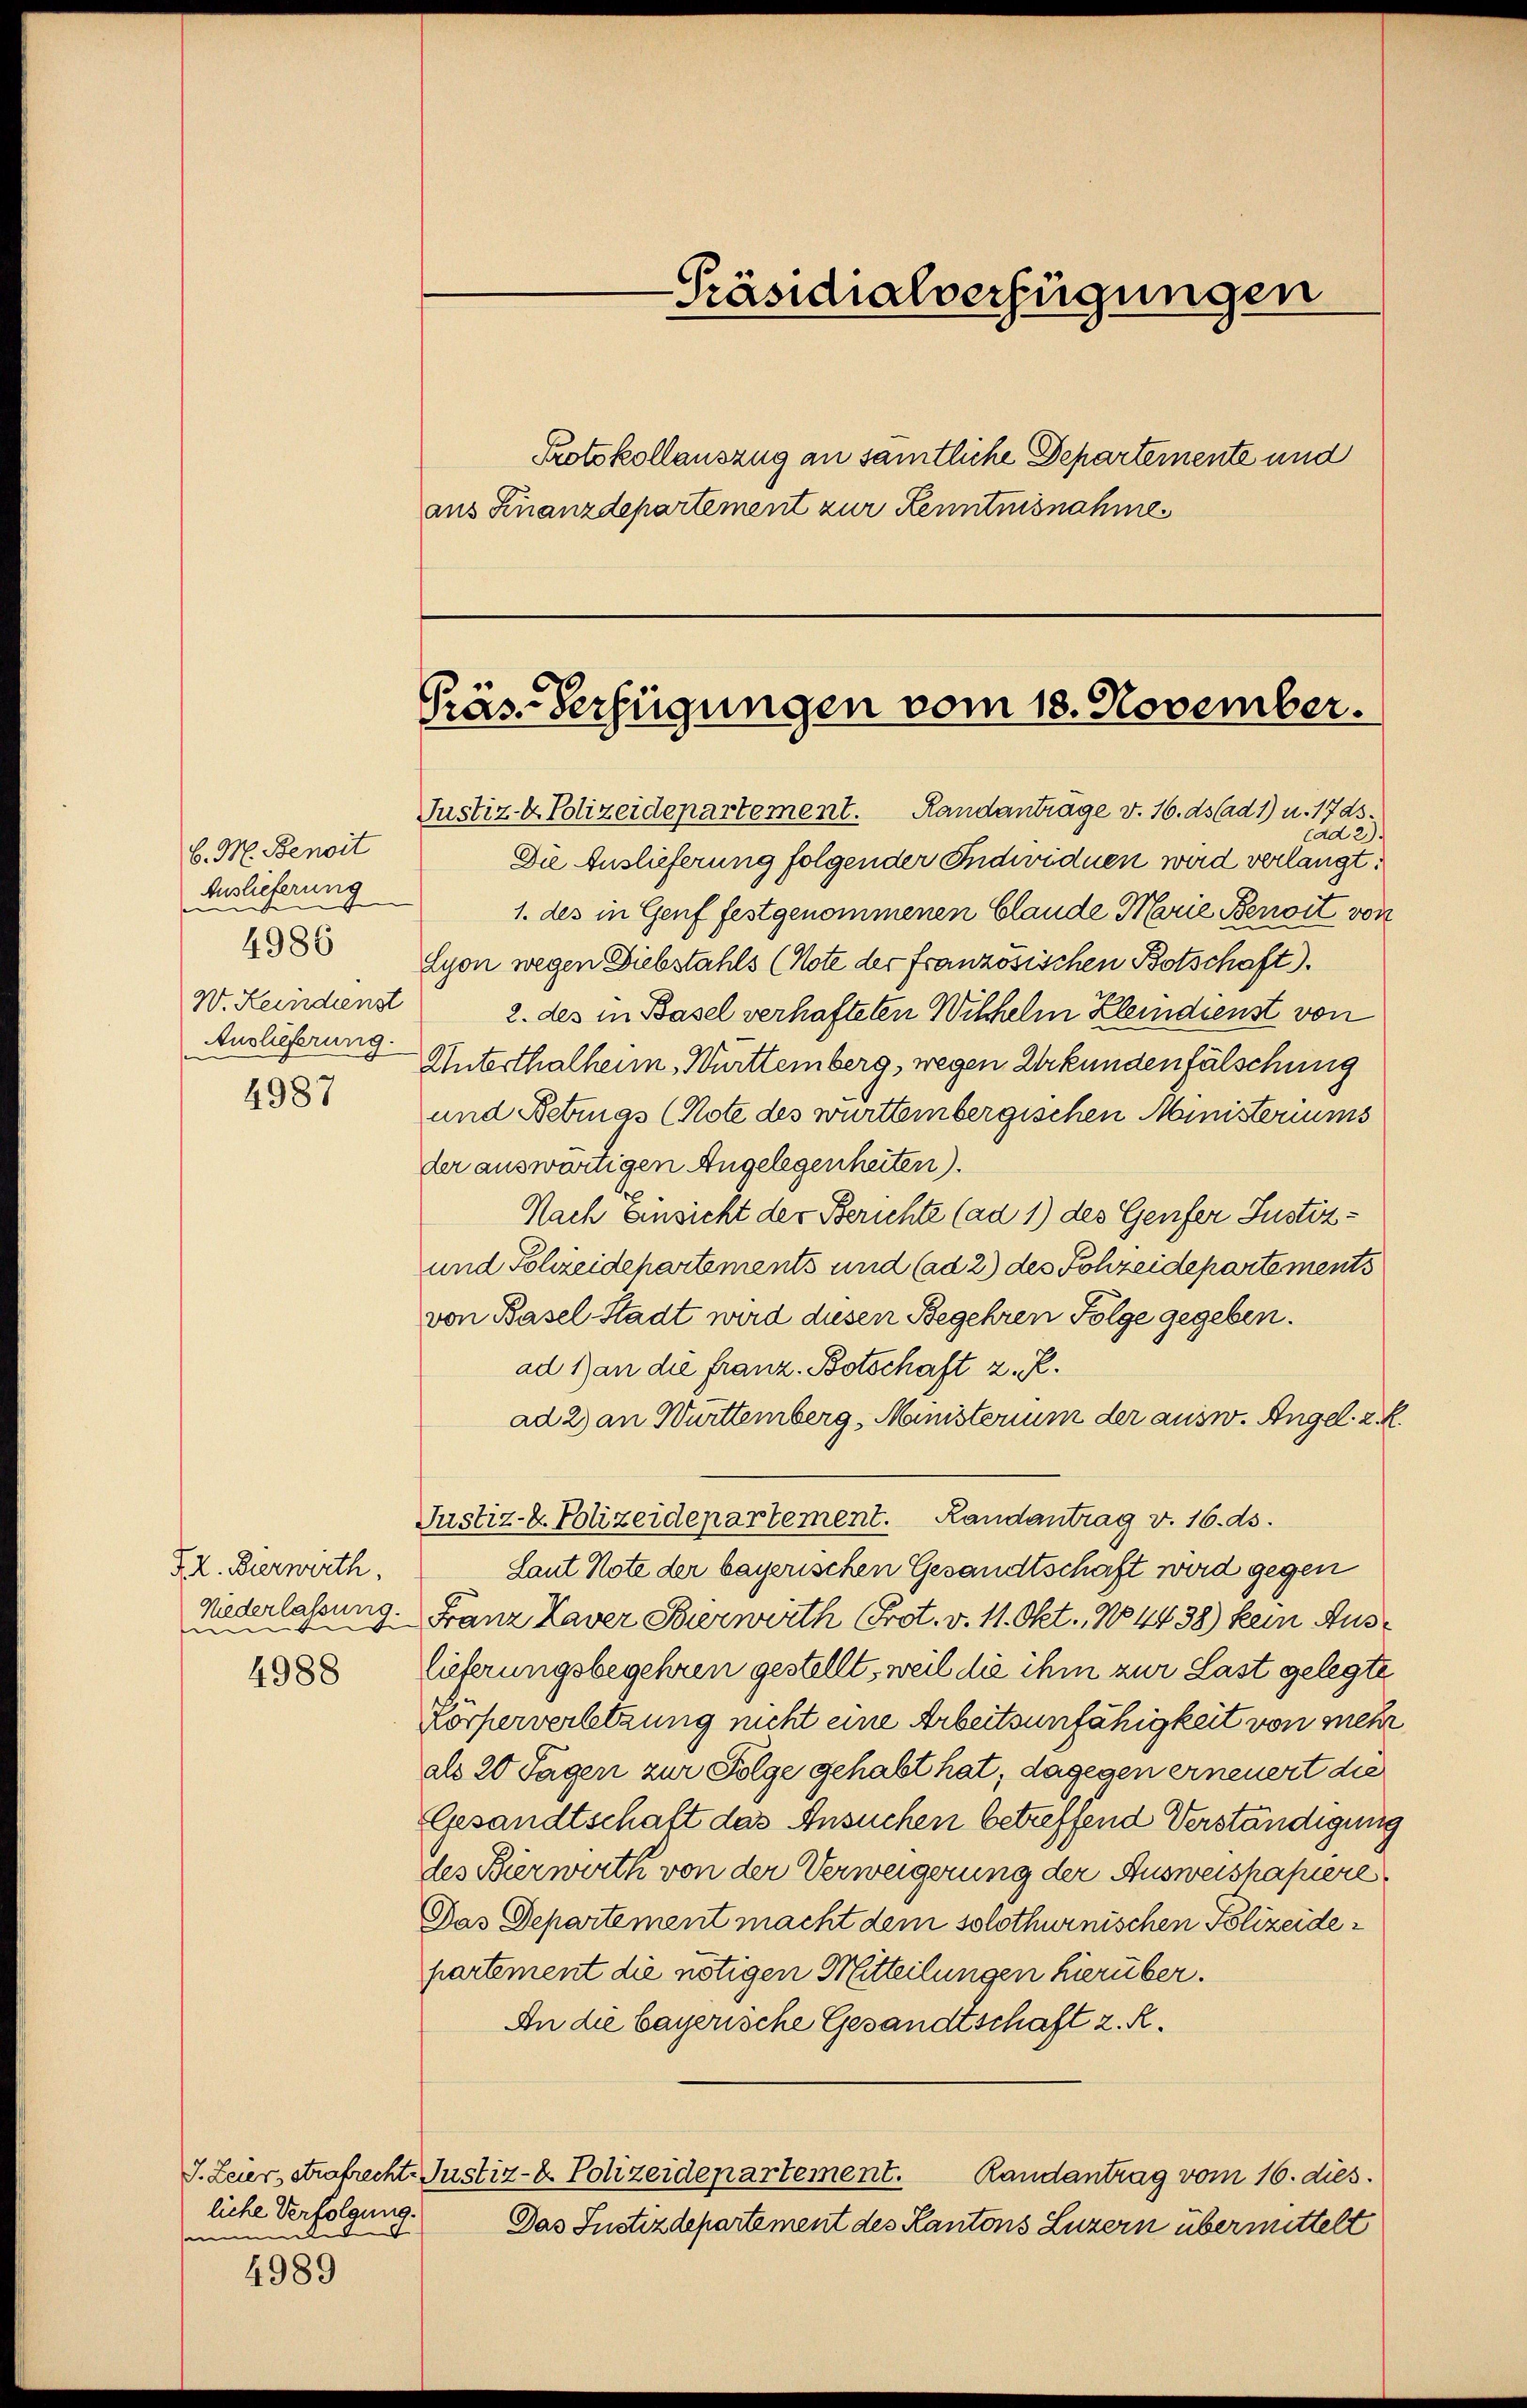
6. M. Benoit
Auslieferung
e
4986
W. Keindienst
Auslieferung.
4987

IX. Dierwerth,
Niederlassung.
.
fum
4988

liche Verfolgung.
d
mnn

4989

-Präsidialverfügungen
Protokollauszug an samtliche Departemente und
aus Finanzdepartement zur Kenntnisnahme

Präs. Verfügungen vom 18. November.

Justiz- & Polizeidepartement. Randanträge v. 16. ds ad 1) u. 17 ds.
ad 2).
Die Auslieferung folgender Individuen wird verlangt.
1. des in Genf festgenommenen Claude Marie Benoit von
Lyon wegen Diebstahls (Note der französischen Botschaft).
2. des in Basel verhafteten Wilhelm Kleindienst von
Unterthalheim Württemberg, wegen Urkundenfälschung
und Betruas (Note des württembergischen Ministeriums
der auswärtigen Angelegenheiten).
Nach Einsicht der Berichte (ad 1) des Genfer Justiz¬
und Fohzeidepartements und (ad 2) des Sohzeidepartements
von Basel-Stadt wird diesen Begehren Folge gegeben.
ad 1) an die franz. Botschaft z. R.
ad 2) an Württemberg, Ministerium der ausw. Angel 2. K
Justiz-C. Polizeidepartement. Landantrag v. 16. ds.
Laut Note der bayerischen Gesandtschaft wird gegen
Franz Laver Bierwirth (Prot. v. 11. Okt., No 4438) kein Auslieferungsbegehren gestellt, weil die ihm zur Last gelegte
Körperverletzung nicht eine Arbeitsunfähigkeit von mehr
als 20 Tagen zur Folge gehabt hat, dagegen erneuert die
Gesandtschaft das Ansuchen betreffend Verständigung
des Bierwerth von der Verweigerung der Ausweishapiere
Das Departement macht dem solothurnischen Polizeidepartement die nötigen Mitteilungen hierüber.
An die bayerische Gesandtschaft 2. R.
J. Leier strafrecht- Justiz- & Polizeidepartement.
Randantrag vom 16. dies.
Das Justizdepartement des Kantons Luzern übermittelt